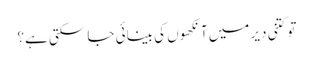
تو کتنی دیر میں‌آنکھوں کی بینائی جا سکتی ہے؟